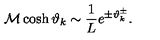
{ \cal M } \cosh \vartheta _ { k } \sim \displaystyle \frac { 1 } { L } e ^ { \pm \vartheta _ { k } ^ { \pm } } .